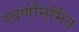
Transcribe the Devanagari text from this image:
स्वर्णनिर्मित